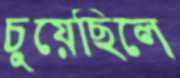
চুয়েছিলে